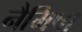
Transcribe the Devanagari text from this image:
नैमिषा